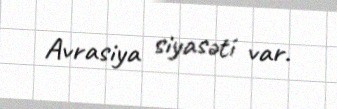
Avrasiya siyasəti var.